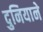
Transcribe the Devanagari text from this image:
दुनियाने